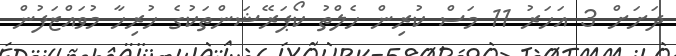
ދަށަށް 3 އަހަރު 11 މަސް ކުރިން ހެލްތު ކޯޕަރޭޝަންތަކުގެ ހުރިހާ މުވައްޒަފުން